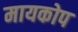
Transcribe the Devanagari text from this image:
मायकोप